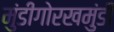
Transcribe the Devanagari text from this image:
मुंडीगोरखमुंडी